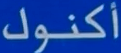
أكنوك